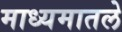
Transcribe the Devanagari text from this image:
माध्यमातले